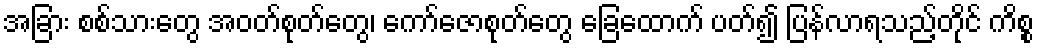
အခြား စစ်သားတွေ အဝတ်စုတ်တွေ၊ ကော်ဇောစုတ်တွေ ခြေထောက် ပတ်၍ ပြန်လာရသည့်တိုင် ကိစ္စ